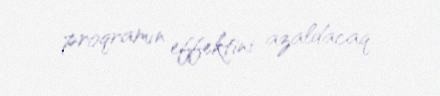
proqramın effektini azaldacaq.